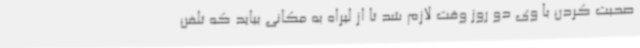
صحبت کردن با وی دو روز وقت لازم شد تا از لیراه به مکانی بیاید که تلفن